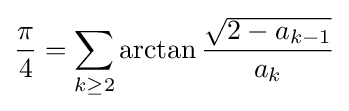
{\frac {\pi }{4}}=\sum _{k\geq 2}\arctan {\frac {\sqrt {2-a_{k-1}}}{a_{k}}}